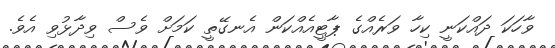
ވާހަކަ ދައްކަނީ ކިހާ ވަރެއްގެ ޕާޓީއެއްކަން އެނގޭތީ ކަަމަށް ވެސް ވިދާޅުވި އެވެ.